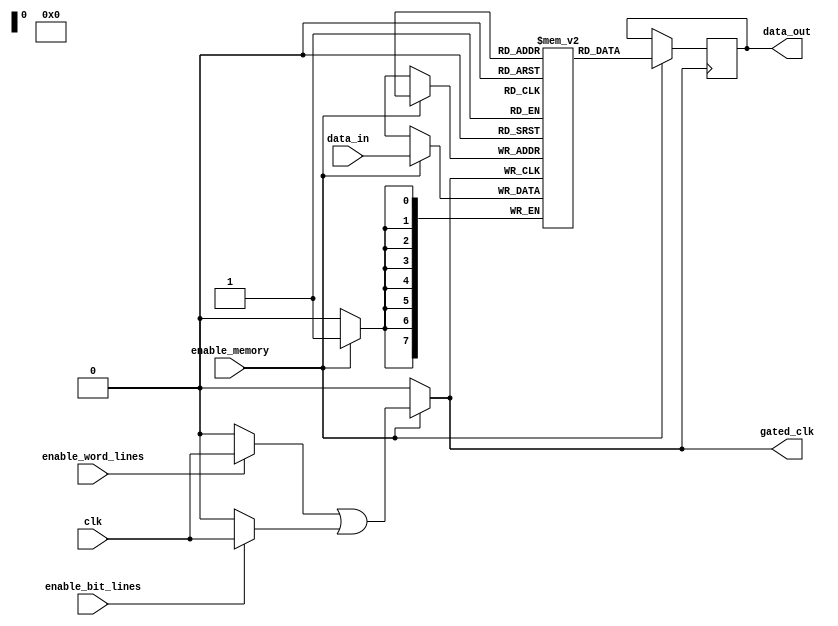
module dynamic_clock_gating (
    input wire clk,               // Main clock signal
    input wire enable_memory,     // Enable signal for memory block
    input wire enable_word_lines, // Enable signal for word lines
    input wire enable_bit_lines,  // Enable signal for bit lines
    input wire [N-1:0] data_in,   // Data input for memory
    output wire [N-1:0] data_out, // Data output from memory
    output wire gated_clk         // Gated clock output
);

parameter N = 8; // Define memory data width

// Clock Gating Logic
// Create the gated clock based on enable signals
wire gated_clk_word_lines;
wire gated_clk_bit_lines;

// AND gate for gating the clock to word lines
assign gated_clk_word_lines = enable_word_lines ? clk : 1'b0;

// AND gate for gating the clock to bit lines
assign gated_clk_bit_lines = enable_bit_lines ? clk : 1'b0;

// Final gated clock output
assign gated_clk = enable_memory ? (gated_clk_word_lines | gated_clk_bit_lines) : 1'b0;

// Memory Block (example)
// Here we can instantiate a simple memory model
reg [N-1:0] memory_array [0:255]; // Example memory array of 256 words

// Write operation
always @(posedge gated_clk) begin
    if (enable_memory) begin
        // Write logic to memory (for example, writing data when address is valid)
        // Assume address input is available (not shown for brevity)
        memory_array[address] <= data_in;
    end
end

// Read operation
always @(posedge gated_clk) begin
    if (enable_memory) begin
        // Read logic from memory
        // Again, assume address input is available (not shown for brevity)
        data_out <= memory_array[address];
    end
end

endmodule